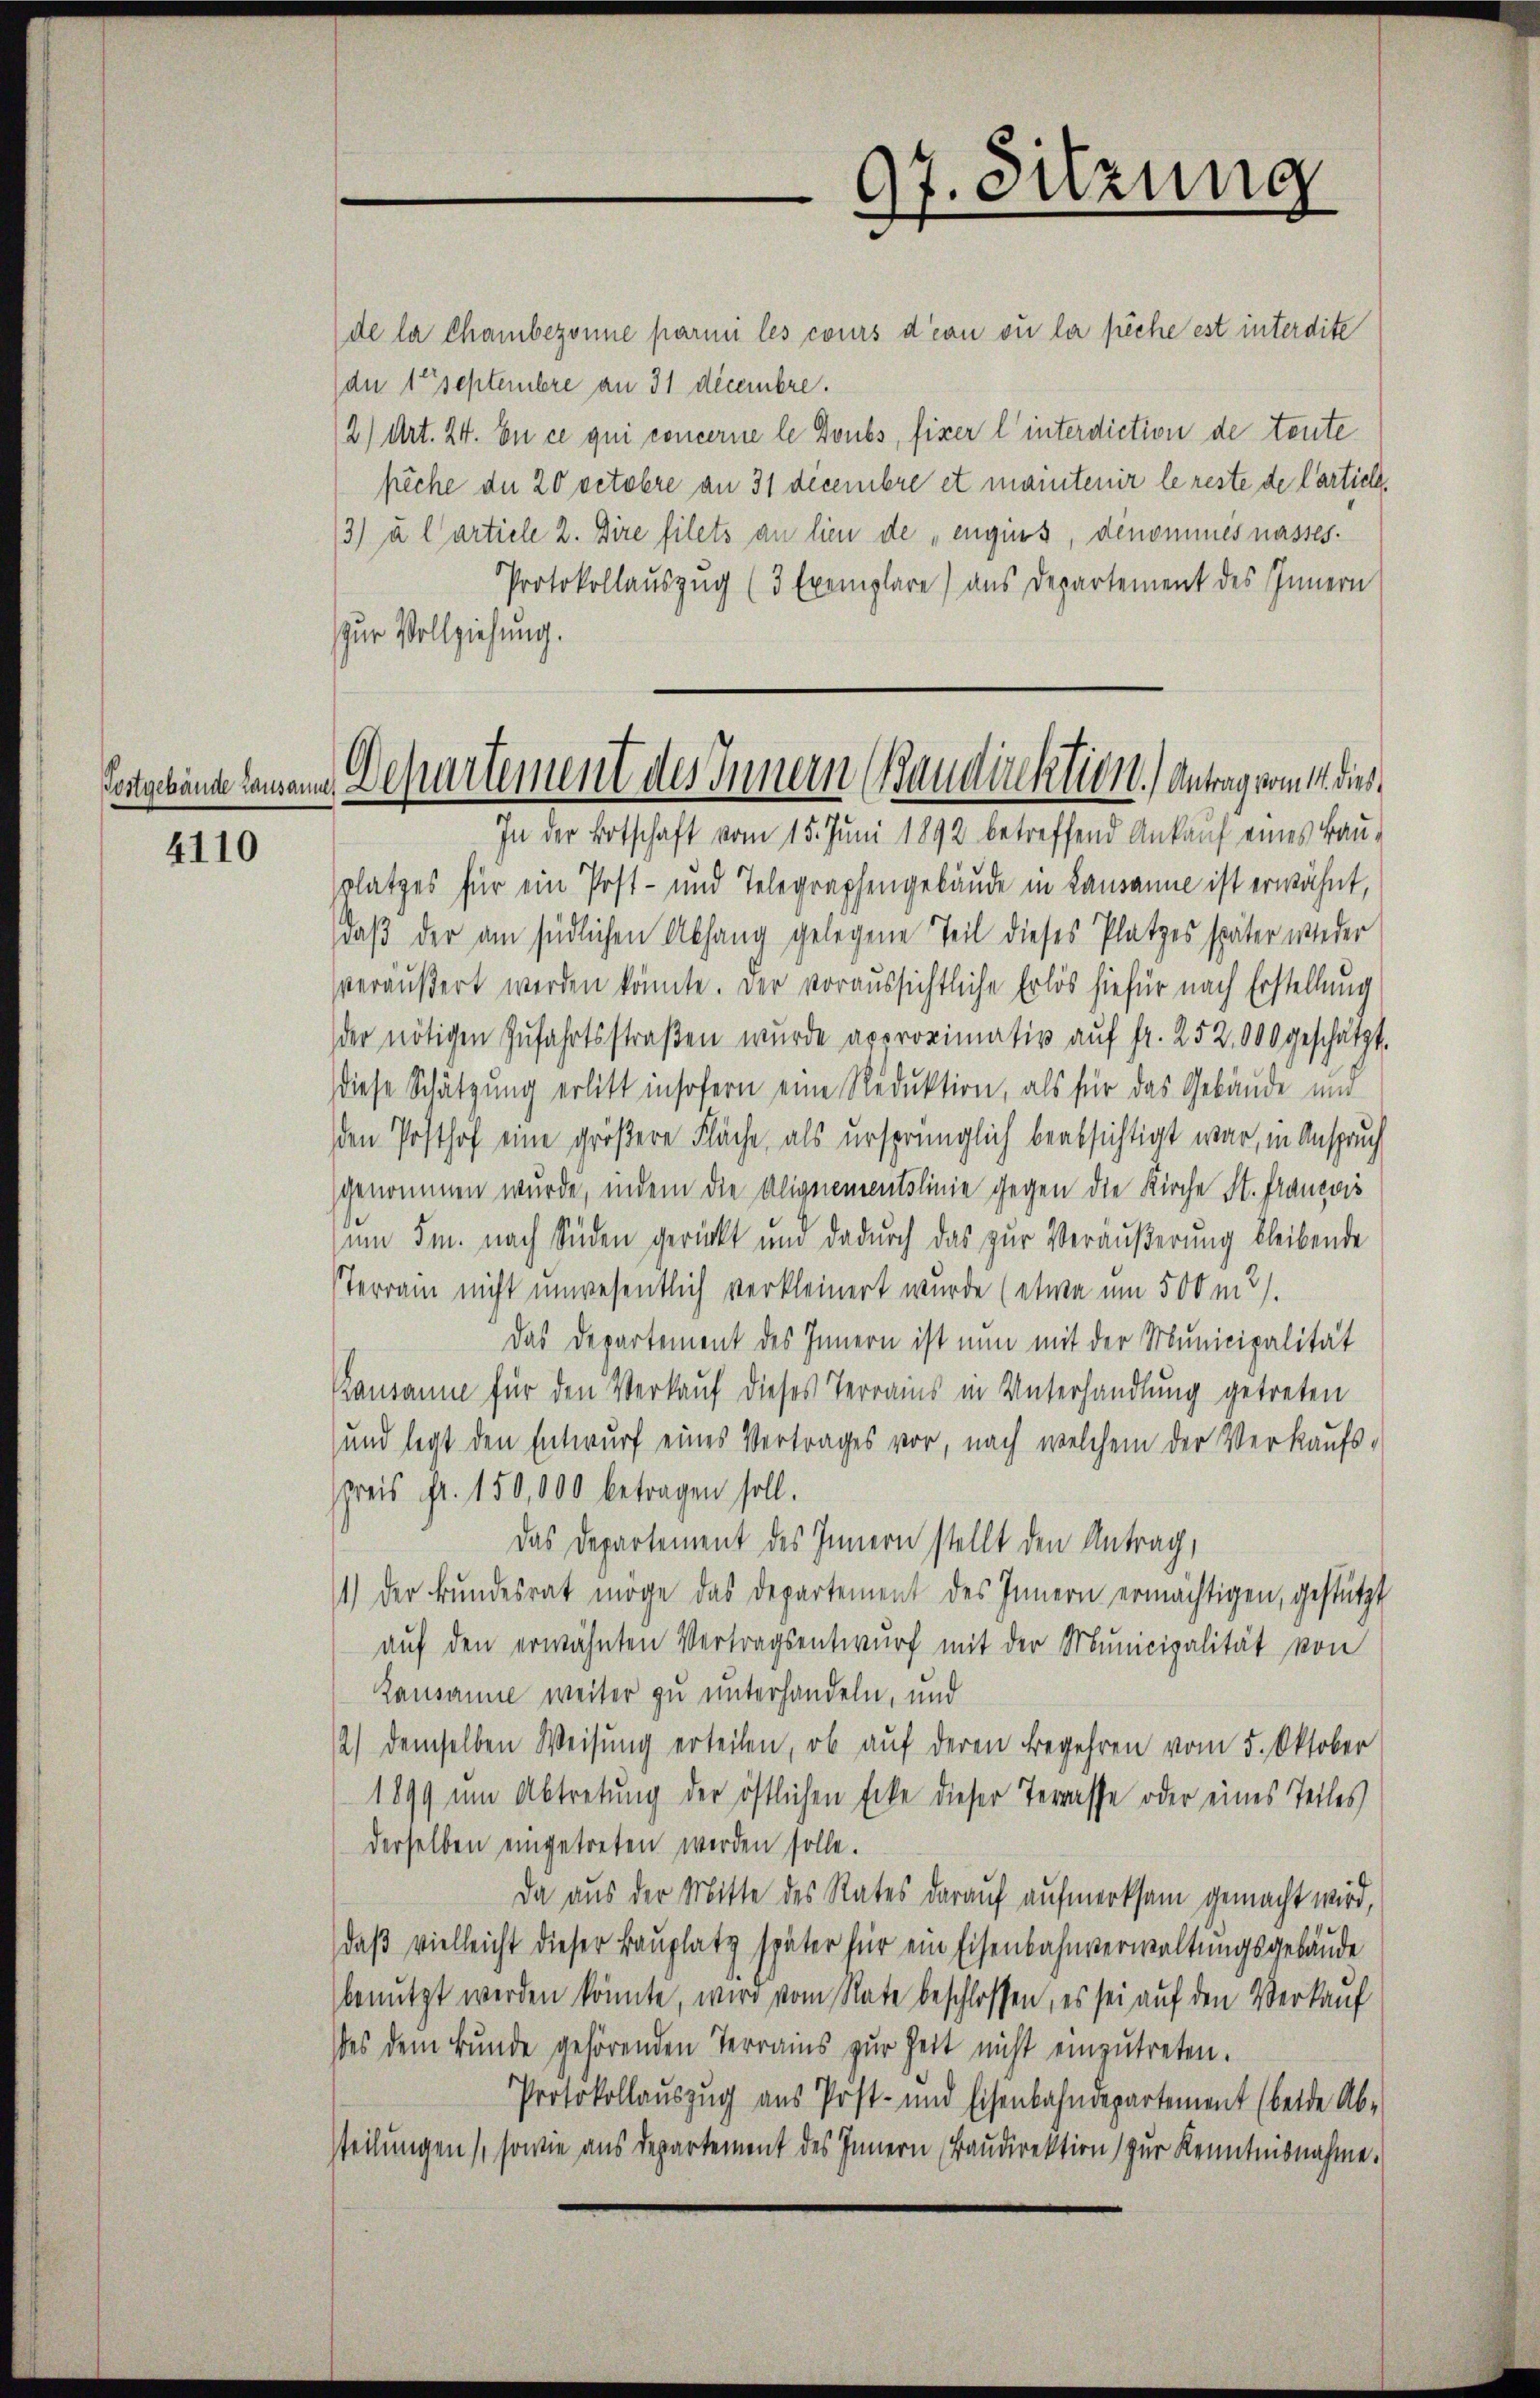
4110

de la Chambezonne parmi les cours d’eaun ou la pêche est interdite
dn 1 t Septembre an 31 decembre.
2) Art. 24. En ce qui concerne le Doubs, fixer l’interdiction de teute
fäche de 20 vetoere an 31 decembre et maintenir le reste de Carticle,
13) u l artiele 2. Dire filets an lien de „engins, dénomines nasses.
Protokollauszug (3 Exemplare) aus Departement des Innern
zur Vollziehung.
In der Botschaft vom 15. Juni 1892 betreffend Ankauf eines Bau-
splatzes für ein Post- und Telegraphengebäude in Lausanne ist erwähnt,
daß der am südlichen Abhang gelegene Teil dieses Platzes später wieder
veräußert werden könnte. Der voraussichtliche Erlös hiefür nach Erstellung
der nötigen Zufahrtsstraßen wurde approximativ auf fr. 252,000 geschätzt.
diese Schätzung erlitt insofern eine Reduktion, als für das Gebäude un
den Posthof eine größere Fläche, als ursprünglich beabsichtigt war, in Anspruch
genommen wurde, indem die Alignementslinie gegen die Kirche St. Francois
um 5m. nach Süden gerückt und dadurch das zur Veräußerung bleibende
sTerrain nicht unwesentlich verkleinert wurde (etwa um 500 m 2).
Das Departement des Innern ist nun mit der Municipalität
Bausanne für den Verkauf dieses Terrains in Unterhandlung getreten
und legt den Entwurf eines Vertrages vor, nach welchem der Verkaufs-
spreis Fr. 150,000 betragen soll.
Das Departement des Innern stellt den Antrag,
11.) Der Bundesrat möge das Departement des Innern ermächtigen, gestützt
aŭf den erwähnten Vertragsentwŭrf mit der Municipalität von
Kausanne weiter zu unterhandeln, und
2) demselben Weisung erteilen, ob auf deren Begehren vom 5. Oktober
1899 um Abtretung der östlichen Ecke dieser Terrasse oder eines Teiles
derselben eingetreten werden solle.
Da aus der Mitte des Rates darauf aufmerksam gemacht wird,
daß vielleicht dieser Bauplatz später für ein Eisenbahnverwaltungsgebäude
benutzt werden könnte, wird vom Rate beschlossen, es sei auf den Verkauf
es dem Bunde gehörenden Terrains zur Zeit nicht einzŭtreten.
Protokollauszug aus Post- und Eisenbahndepartement (beide Ab-
steilungen (sowie aus Departement des Innern Baudirektion zur Kenntnisnahme.

97. Sitzung

Postgebäude Lausann. Departement des Innern (Baudirektion) Antrag vom 11. dies